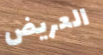
العريض